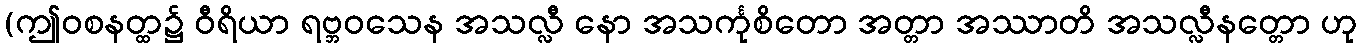
(ဤဝစနတ္ထ၌ ဝီရိယာ ရဗ္ဘဝသေန အသလ္လီ နော အသင်္ကုစိတော အတ္တာ အဿာတိ အသလ္လီနတ္တော ဟု